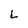
Character: L